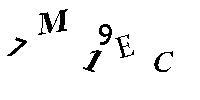
7M19EC